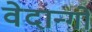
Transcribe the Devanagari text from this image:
वेदान्गों